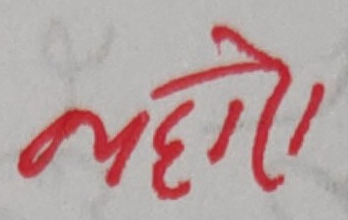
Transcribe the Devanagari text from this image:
भेटो।